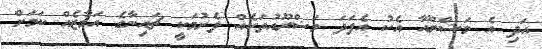
އަދި އެ މަޝްރޫއާ އެކު އެފަދަ މަޝްރޫއުތަކެއް ފެށުމަކީ ޗައިނާގެ އަމާޒެއް ކަމަށް